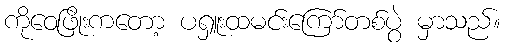
ကိုဝေဖြိုးကတော့ ပရှူးထမင်းကြော်တစ်ပွဲ မှာသည်။